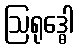
ဩရုဒ္ဓေါ